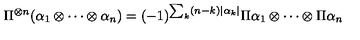
\Pi ^ { \otimes n } ( \alpha _ { 1 } \otimes \cdots \otimes \alpha _ { n } ) = ( - 1 ) ^ { \sum _ { k } ( n - k ) | \alpha _ { k } | } \Pi \alpha _ { 1 } \otimes \cdots \otimes \Pi \alpha _ { n }